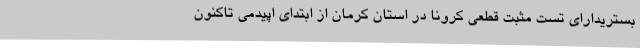
بستریدارای تست مثبت قطعی کرونا در استان کرمان از ابتدای اپیدمی تاکنون